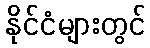
နိုင်ငံများတွင်